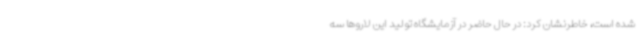
شده است، خاطرنشان کرد: در حال حاضر در آزمایشگاه تولید این لاروها سه